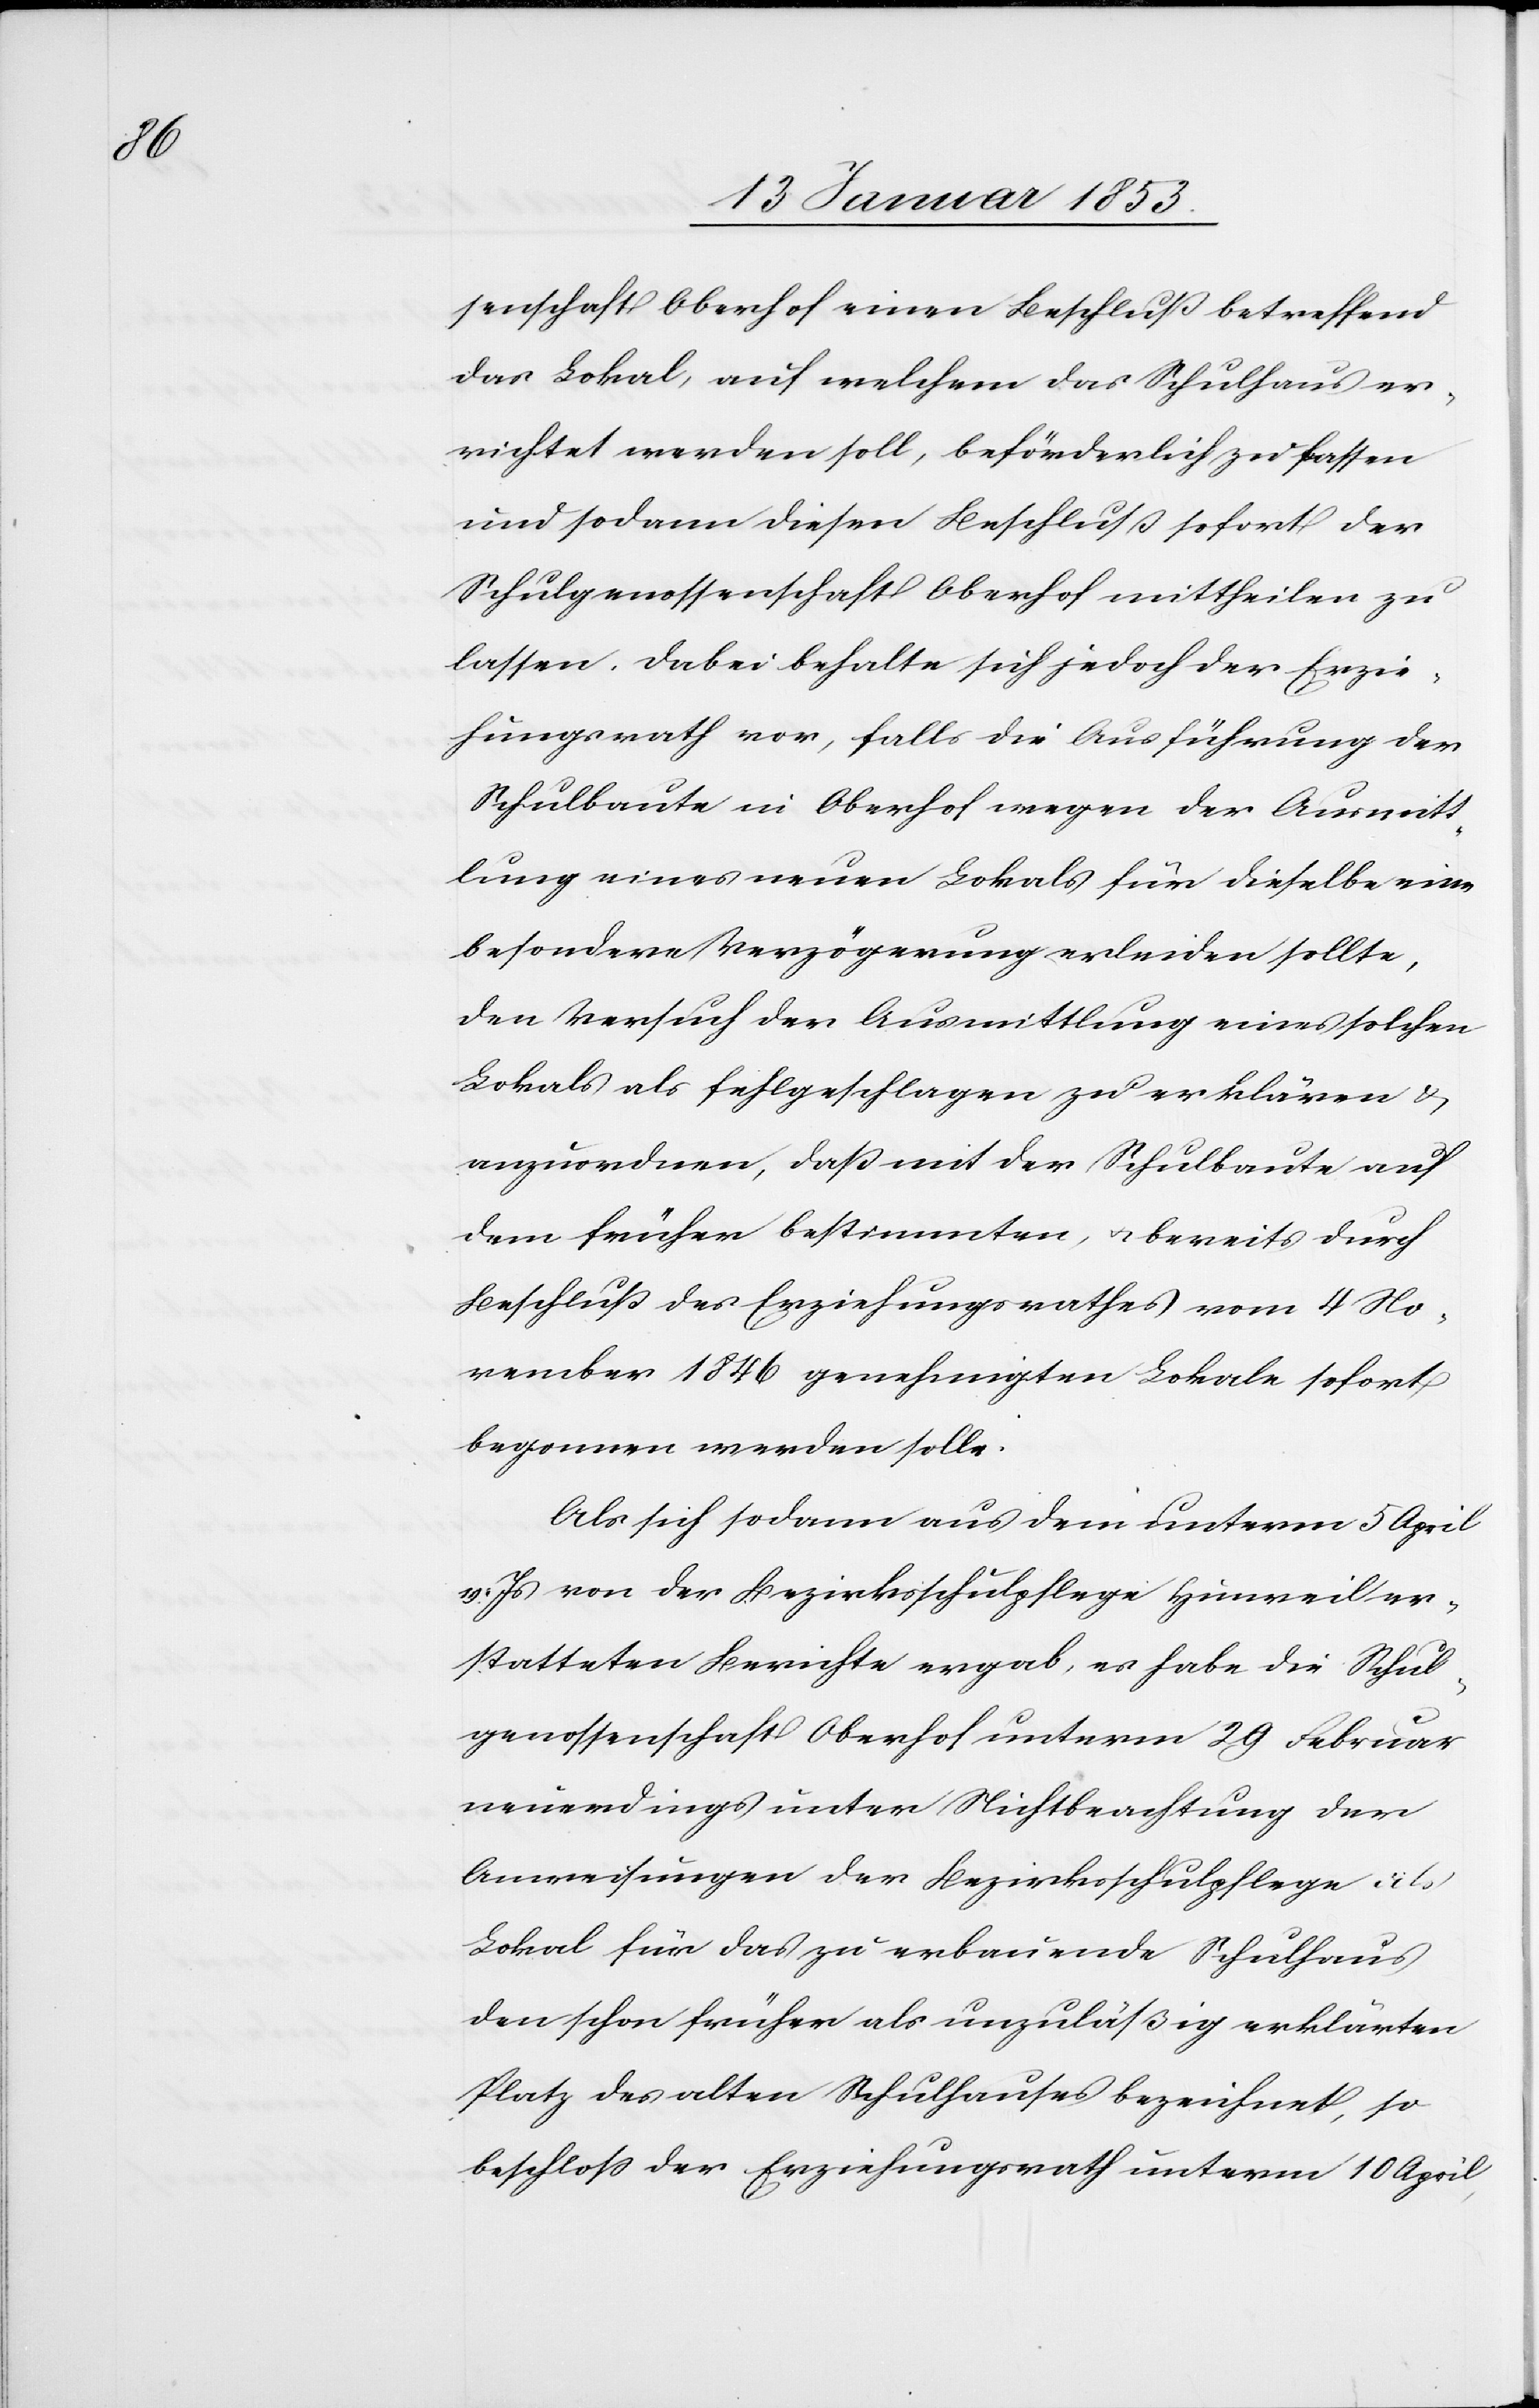
senschaft Oberhof einen Beschluß betreffend
das Lokal, auf welchem das Schulhaus er¬
richtet werden soll, beförderlich zu fassen
und sodann diesen Beschluß sofort der
Schulgenossenschaft Oberhof mittheilen zu
lassen. Dabei behalte sich jedoch der Erzie¬
hungsrath vor, falls die Ausführung der
Schulbaute in Oberhof wegen der Ausmitt¬
lung eines neuen Lokals für dieselbe eine
besondere Verzögerung erleiden sollte,
den Versuch der Ausmittlung eines solchen
Lokals als fehlgeschlagen zu erklären u.
anzuordnen, daß mit der Schulbaute auf
dem frühern bestimmten u. bereits durch
Beschluß des Erziehungsrathes vom 4 No¬
vember 1846 genehmigten Lokale sofort
begonnen werden solle.
Als sich sodann aus dem unterm 5 April
v. Js. von der Bezirksschulpflege Hinweil er¬
statteten Berichte ergab, es habe die Schul¬
genossenschaft Oberhof unterm 29 Februar
neuerdings unter Nichtbeachtung der
Anweisungen der Bezirksschulpflege als
Lokal für das zu erbauende Schulhaus
den schon früher als unzuläßig erklärten
Platz des alten Schulhauses bezeichnet, so
beschloß der Erziehungsrath unterm 10 April,